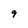
Character: 9